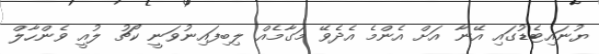
ޔުނައިޓެޑުގައި އޭނާ އަށް އެންމެ އެދެވޭ މަގާމެއް ލިބިފައިނުވަނީ ކޯޗު ލުއީ ވެންހާލް